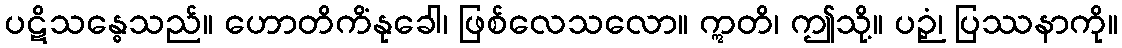
ပဋိသန္ဓေသည်။ ဟောတိကိံနုခေါ၊ ဖြစ်လေသလော။ ဣတိ၊ ဤသို့။ ပဉှံ၊ ပြဿနာကို။